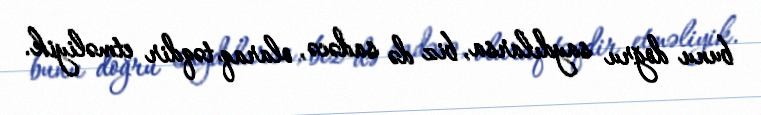
bunu doğru saydılarsa, biz də sadəcə, olaraq təqdir etməliyik.